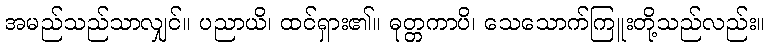
အမည်သည်သာလျှင်။ ပညာယိ၊ ထင်ရှား၏။ ဓုတ္တကာပိ၊ သေသောက်ကြူးတို့သည်လည်း။